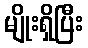
မျိုးရှိပြီး